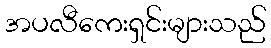
အပလီကေးရှင်းများသည်